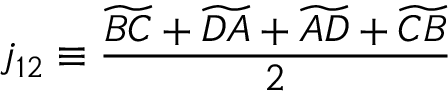
j _ { 1 2 } \equiv \frac { \widetilde { B C } + \widetilde { D A } + \widetilde { A D } + \widetilde { C B } } { 2 }